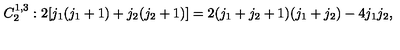
C _ { 2 } ^ { 1 , 3 } : 2 [ j _ { 1 } ( j _ { 1 } + 1 ) + j _ { 2 } ( j _ { 2 } + 1 ) ] = 2 ( j _ { 1 } + j _ { 2 } + 1 ) ( j _ { 1 } + j _ { 2 } ) - 4 j _ { 1 } j _ { 2 } ,